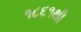
૧૮૬૧થી